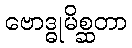
ဗောဒ္ဓုမိစ္ဆတာ